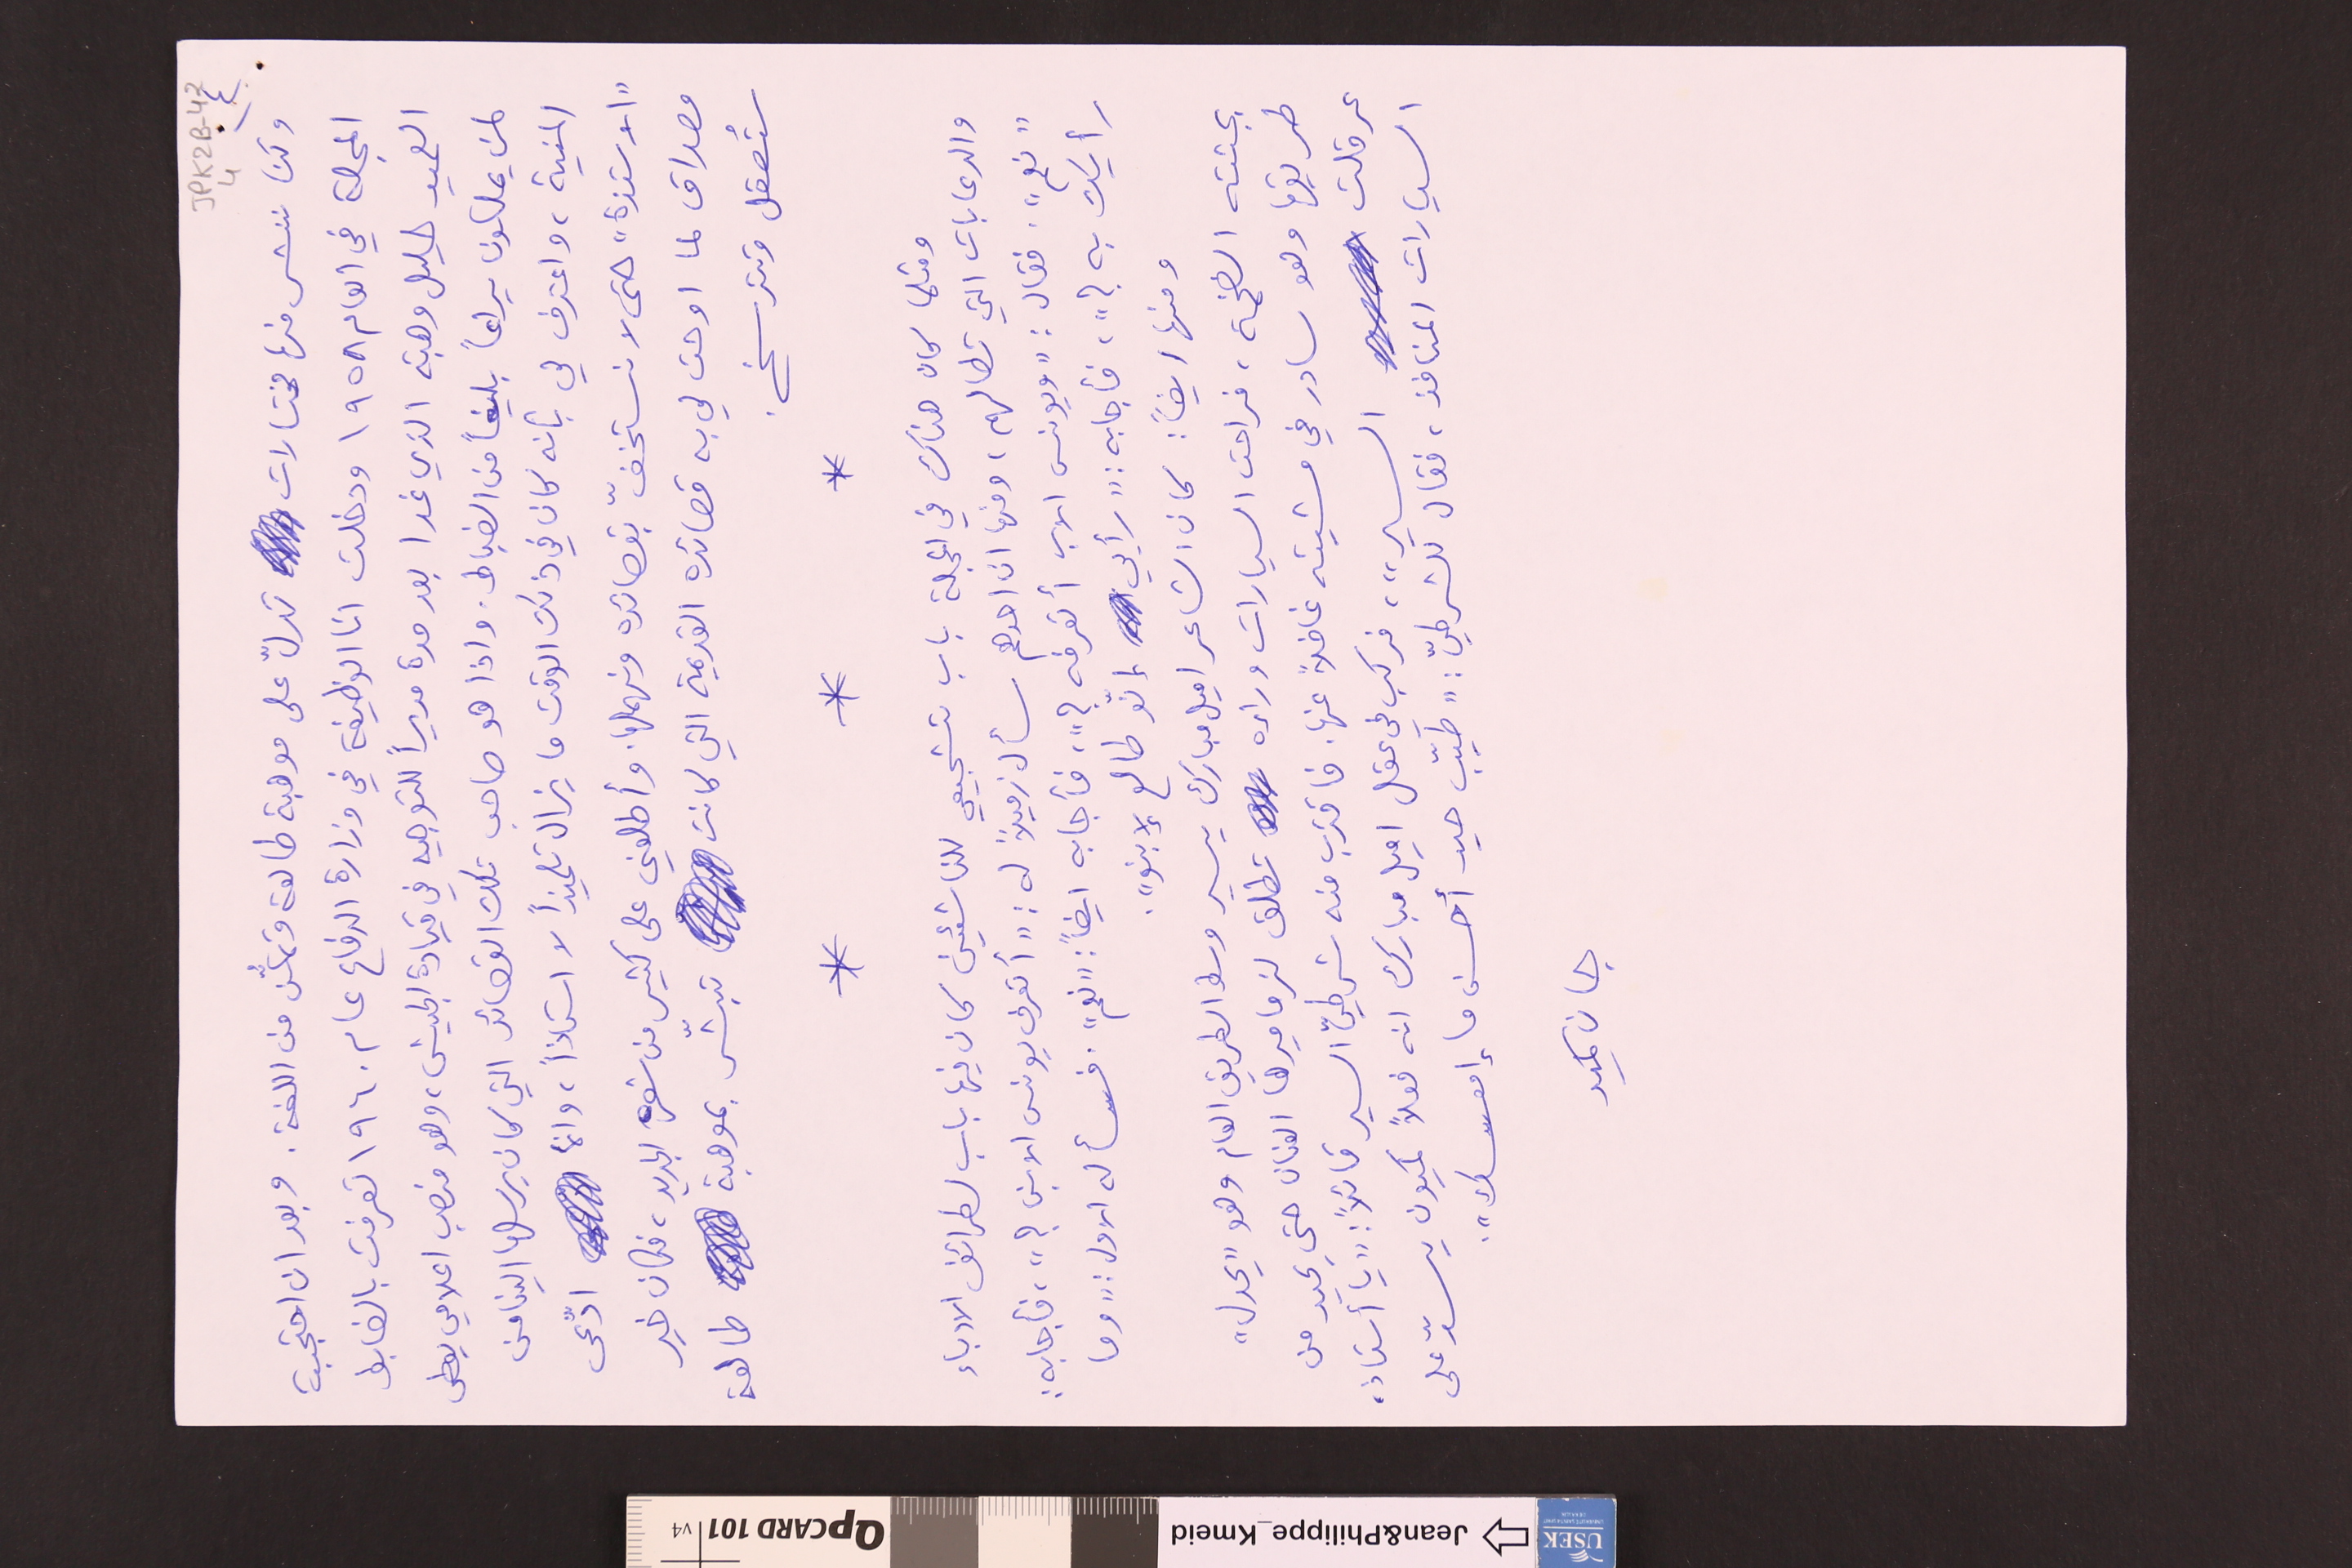
JPK2B-42 	4	٤)
وكنا ننشر منها مختارات تدلّ على موهبة طالعة وتمكُّن من اللغة. وبعد ان احتجبت
المجلة في العام ١٩٥٨ ودخلت انا الوظيفة في وزارة الدفاع عام ١٩٦٠ تعرفت بالضابط
العميد خليل وهبة الذي غدا بعد مدة مديراً للتوجيه في قيادة الجيش، وهو منصب اعلامي يعطى
لمن يملكون يراعاً بليغاً من الضباط. واذا هو صاحب تلك القصائد التي كان يرسلها الينا من
المنية، واعترف لي بأنه كان في ذلك الوقت ما يزال تلميذاً لا استاذاً، وانما ادَّعى
"الاستذة" حتى لا نستخفّ بقصائده ونهملها. وأطلعني على كثير من شعره الجديد، فكان خير
مصداق لما اوحت لي به قصائده القديمة التي كانت تبشّر بموهبة طالعة
ستُعقل وتترسخ.
*		*		*
ومثلما كان هناك في المجلة باب تشجيعي للناشئين كان فيها باب لطرائف الادباء
والدعابات التي تطالهم، ومنها ان احدهم سأل زميلاً له : "أتعرف يونس الابن؟"، فأجابه :
"نعم". فقال : "يونس الاب أتعرفه ؟"، فأجابه ايضاً : "نعم". فسأله الاول : "وما
رأيك به ؟"، فأجابه : "رأيي إنّو طالع لإبنو".
ومنها ايضاً : كان الشاعر اميل مبارك يسير وسط الطريق العام وهو "يحدل"
بجثته الضخمة، فراحت السيارات وراءه تطلق لزماميرها العنان حتى يحيد من
طريقها وهو سادر في مشيته غافلاً هنا. فاقترب منه شرطيّ السير قائلاً : "يا أستاذ،
عرقلت السير"، فركب في عقل اميل مبارك انه فعلاً كميون يسدّ على
السيارات المنافذ، فقال للشرطيّ: "طيّب حيد أحسن ما إمعسك".
جان كميد